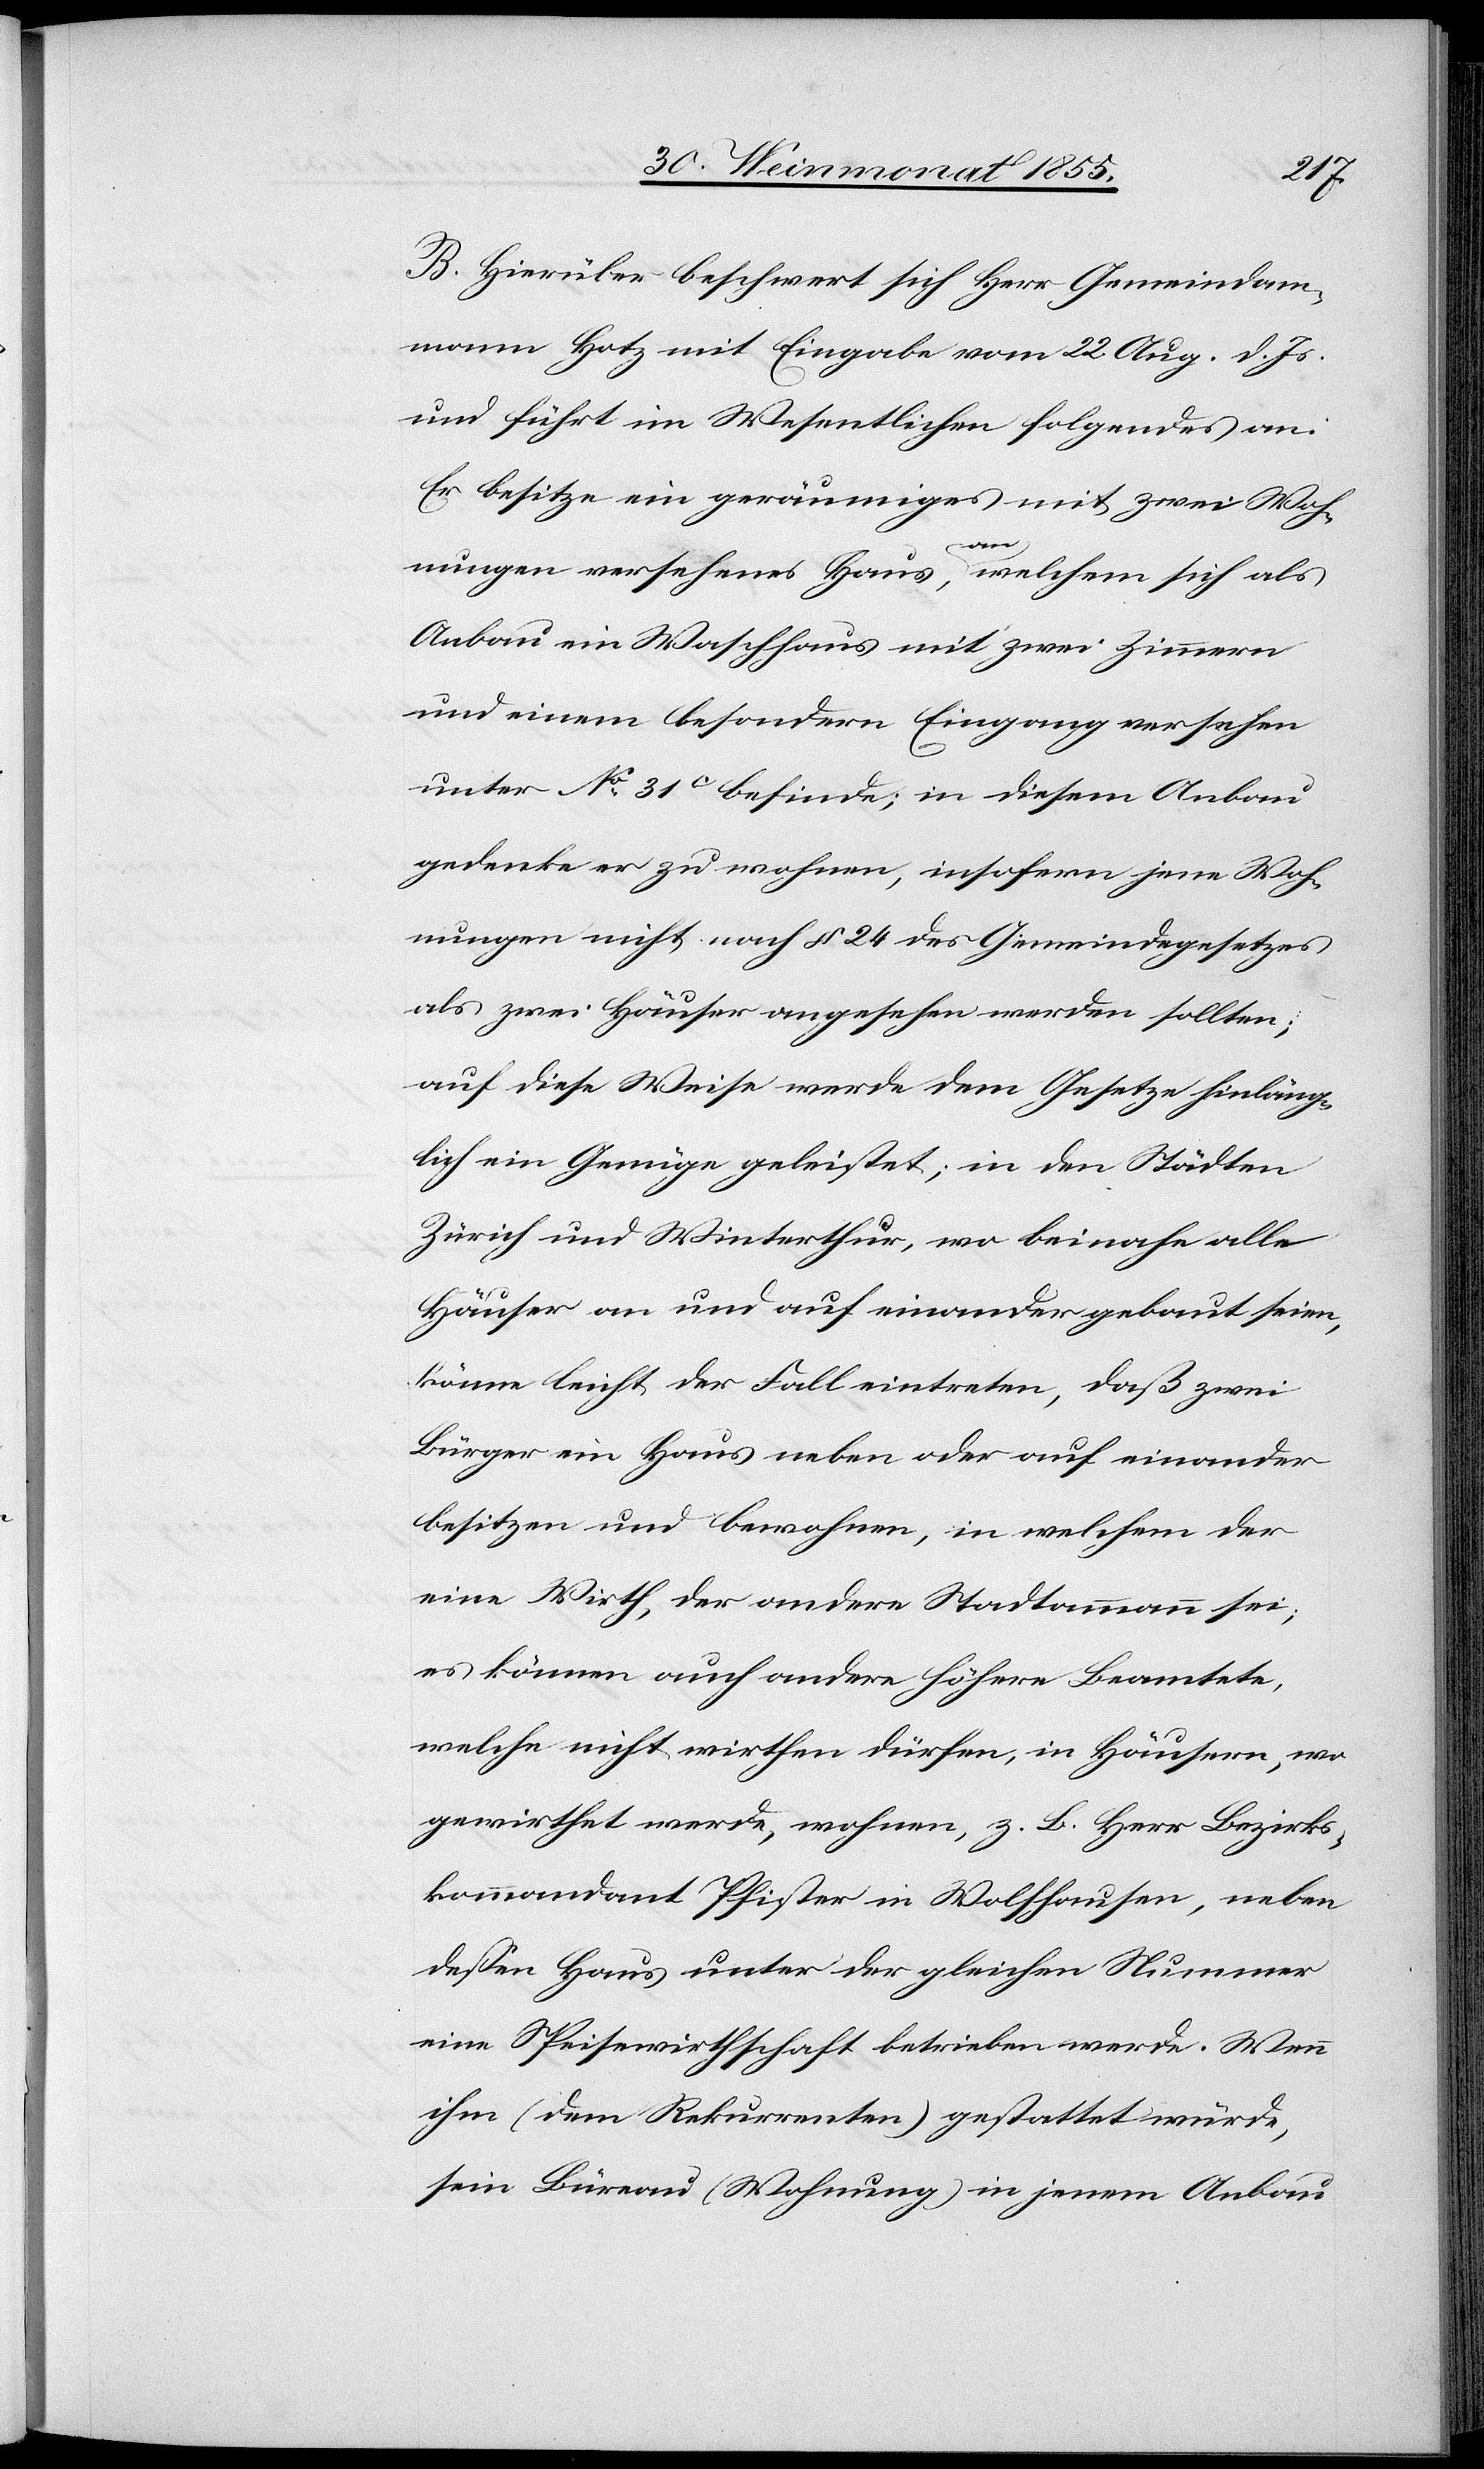
B. Hierüber beschwert sich Herr Gemeindam¬
mann Hotz mit Eingabe vom 22. Aug. d. Js.
und führt im Wesentlichen folgendes an:
Er besitze ein geräumiges mit zwei Woh¬
nungen versehenes Haus, an welchem sich als
Anbau ein Waschhaus mit zwei Zimmern
und einem besondern Eingang versehen
unter No 31C befinde; in diesem Anbau
gedenke er zu wohnen, insofern jene Woh¬
nungen nicht nach § 24 des Gemeindegesetzes
als zwei Häuser angesehen werden sollten;
auf diese Weise werde dem Gesetze hinläng¬
lich ein Genüge geleistet; in den Städten
Zürich und Winterthur, wo beinahe alle
Häuser an und auf einander gebaut seien,
könne leicht der Fall eintreten, daß zwei
Bürger ein Haus neben oder auf einander
besitzen und bewohnen, in welchem der
eine Wirth, der andere Stadtammann sei;
es können auch andere höhere Beamtete,
welche nicht wirthen dürfen, in Häusern, wo
gewirthet werde, wohnen, z. B. Herr Bezirks¬
kommandant Pfister in Wolfhausen, neben
dessen Haus unter der gleichen Nummer
eine Speisewirthschaft betrieben werde. Wenn
ihm (dem Rekurrenten) gestattet würde,
sein Büreau (Wohnung) in jenem Anbau